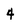
Character: 4